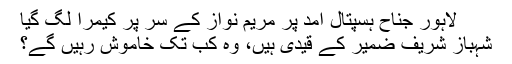
لاہور جناح ہسپتال آمد پر مریم نواز کے سر پر کیمرا لگ گیا
شہباز شریف ضمیر کے قیدی ہیں، وہ کب تک خاموش رہیں گے؟